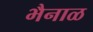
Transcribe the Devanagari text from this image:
भैनाळ